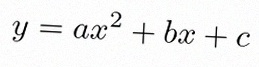
y=ax^2+bx+c